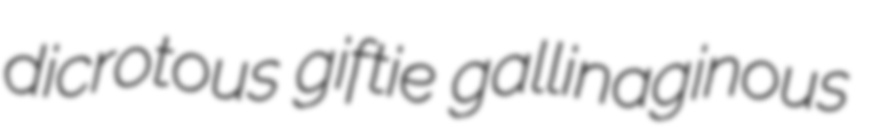
dicrotous giftie gallinaginous